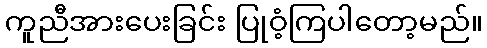
ကူညီအားပေးခြင်း ပြုဝံ့ကြပါတော့မည်။